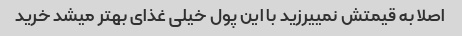
اصلا به قیمتش نمییرزید با این پول خیلی غذای بهتر میشد خرید